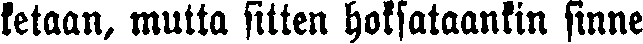
ketaan, mutta sitten hoksataankin sinne